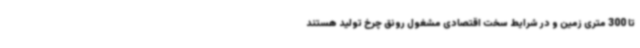
تا 300 متری زمین و در شرایط سخت اقتصادی مشغول رونق چرخ تولید هستند